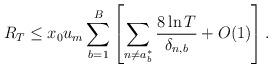
LaTeX: \begin{align*}R_{T}\leq x_0u_m\sum_{b=1}^{B} \left[\sum_{n\neq a_b^*}\frac{8\ln T}{\delta_{n,b}} + O(1) \right].\end{align*}